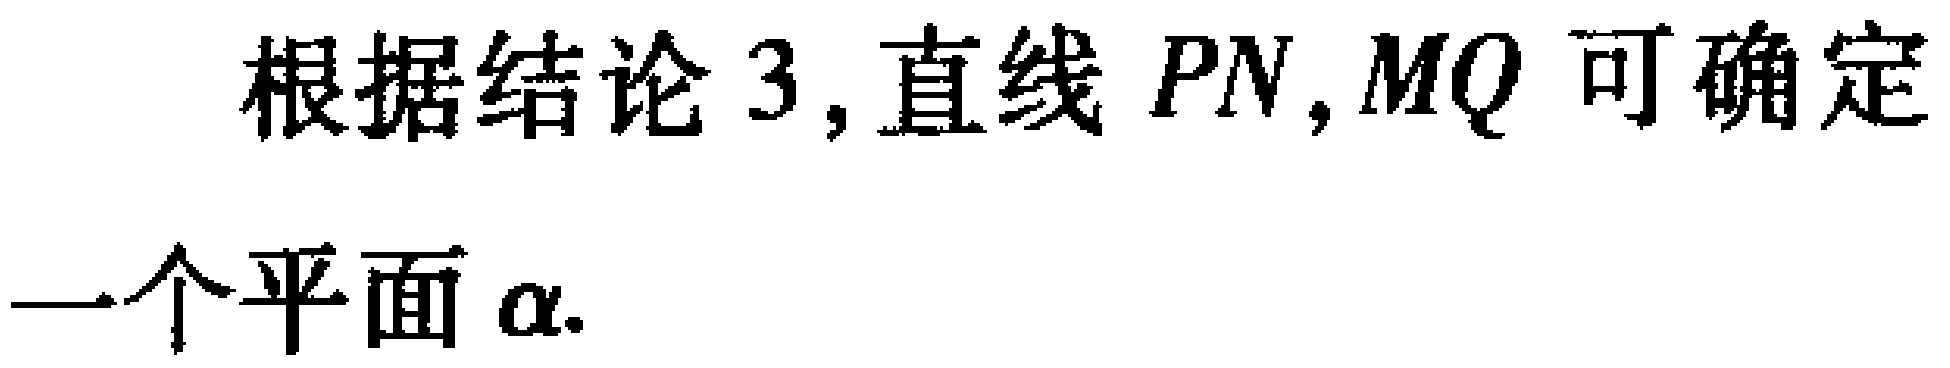
根据结论 3,直线 \(PN,MQ\) 可确定一个平面 \(\alpha\).